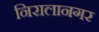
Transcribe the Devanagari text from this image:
निरालानगर